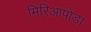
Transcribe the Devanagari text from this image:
मिरिआपोडा